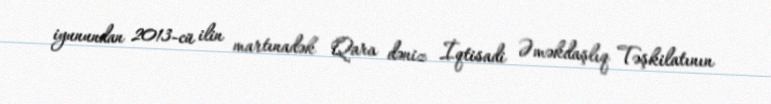
iyunundan 2013-cü ilin martınadək Qara dəniz İqtisadi Əməkdaşlıq Təşkilatının